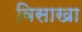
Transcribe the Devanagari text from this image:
विसाखा